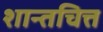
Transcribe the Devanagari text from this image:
शान्तचित्त